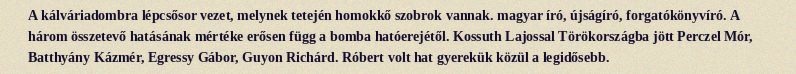
A kálváriadombra lépcsősor vezet, melynek tetején homokkő szobrok vannak. magyar író, újságíró, forgatókönyvíró. A három összetevő hatásának mértéke erősen függ a bomba hatóerejétől. Kossuth Lajossal Törökországba jött Perczel Mór, Batthyány Kázmér, Egressy Gábor, Guyon Richárd. Róbert volt hat gyerekük közül a legidősebb.